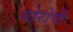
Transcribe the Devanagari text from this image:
योरोपी